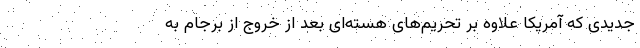
جدیدی که آمریکا علاوه بر تحریم‌های هسته‌ای بعد از خروج از برجام به